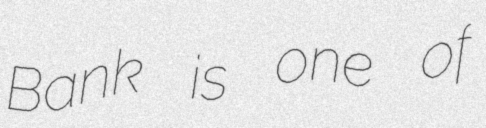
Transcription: Bank is one of